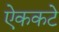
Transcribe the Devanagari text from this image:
ऐककटे